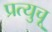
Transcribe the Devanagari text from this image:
प्रत्युचू